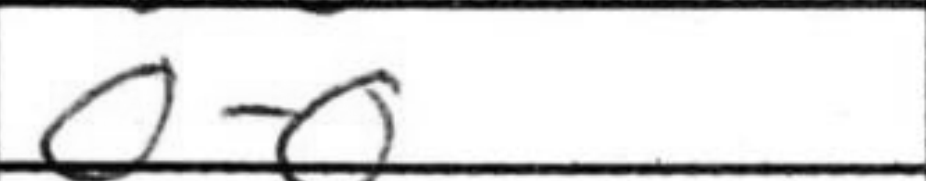
Transcription: O-O